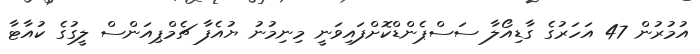
އުމުރުން 47 އަހަރުގެ ގާޑިއޯލާ ސަސްޕެންޑްކޮށްފައިވަނީ މިނިމުނު ޔުއެފާ ޗެމްޕިއަންސް ލީގުގެ ކުއާޓާ